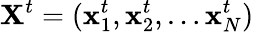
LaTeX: \textbf{X}^{t}=(\textbf{x}_{1}^{t},\textbf{x}_{2}^{t},\dots\textbf{x}_{N}^{t})